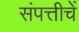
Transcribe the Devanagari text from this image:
संपत्तीचें